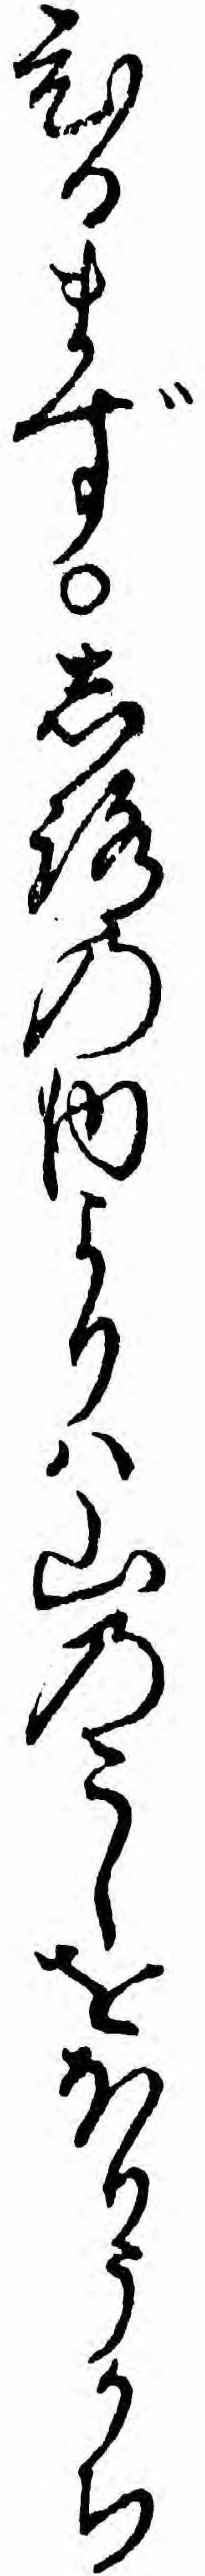
ひるまずしろの内よりハ山のこしをほりうかち